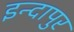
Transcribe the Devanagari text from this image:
इन्दापुर